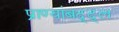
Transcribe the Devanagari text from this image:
प्राण्यांबद्द्ल